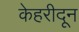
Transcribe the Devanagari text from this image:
केहरीदून